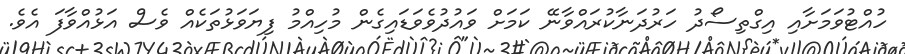
ހުއްޓުވަމަށާއި އިގްތިސޯދު ހަރުދަނާކުރައްވާނޭ ކަމަށް ވައުދުވެވަޑައިގެން މުހިއްމު ފިޔަވަޅުތަކެއް ވެސް އަޅުއްވާފަ އެވެ.